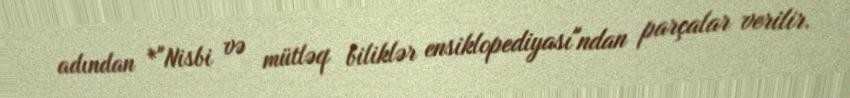
adından *"Nisbi və mütləq biliklər ensiklopediyası"ndan parçalar verilir.